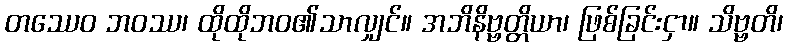
တဿေဝ ဘဝဿ၊ ထိုထိုဘဝ၏သာလျှင်။ အဘိနိဗ္ဗတ္တိယာ၊ ဖြစ်ခြင်းငှာ။ သိဗ္ဗတိ၊